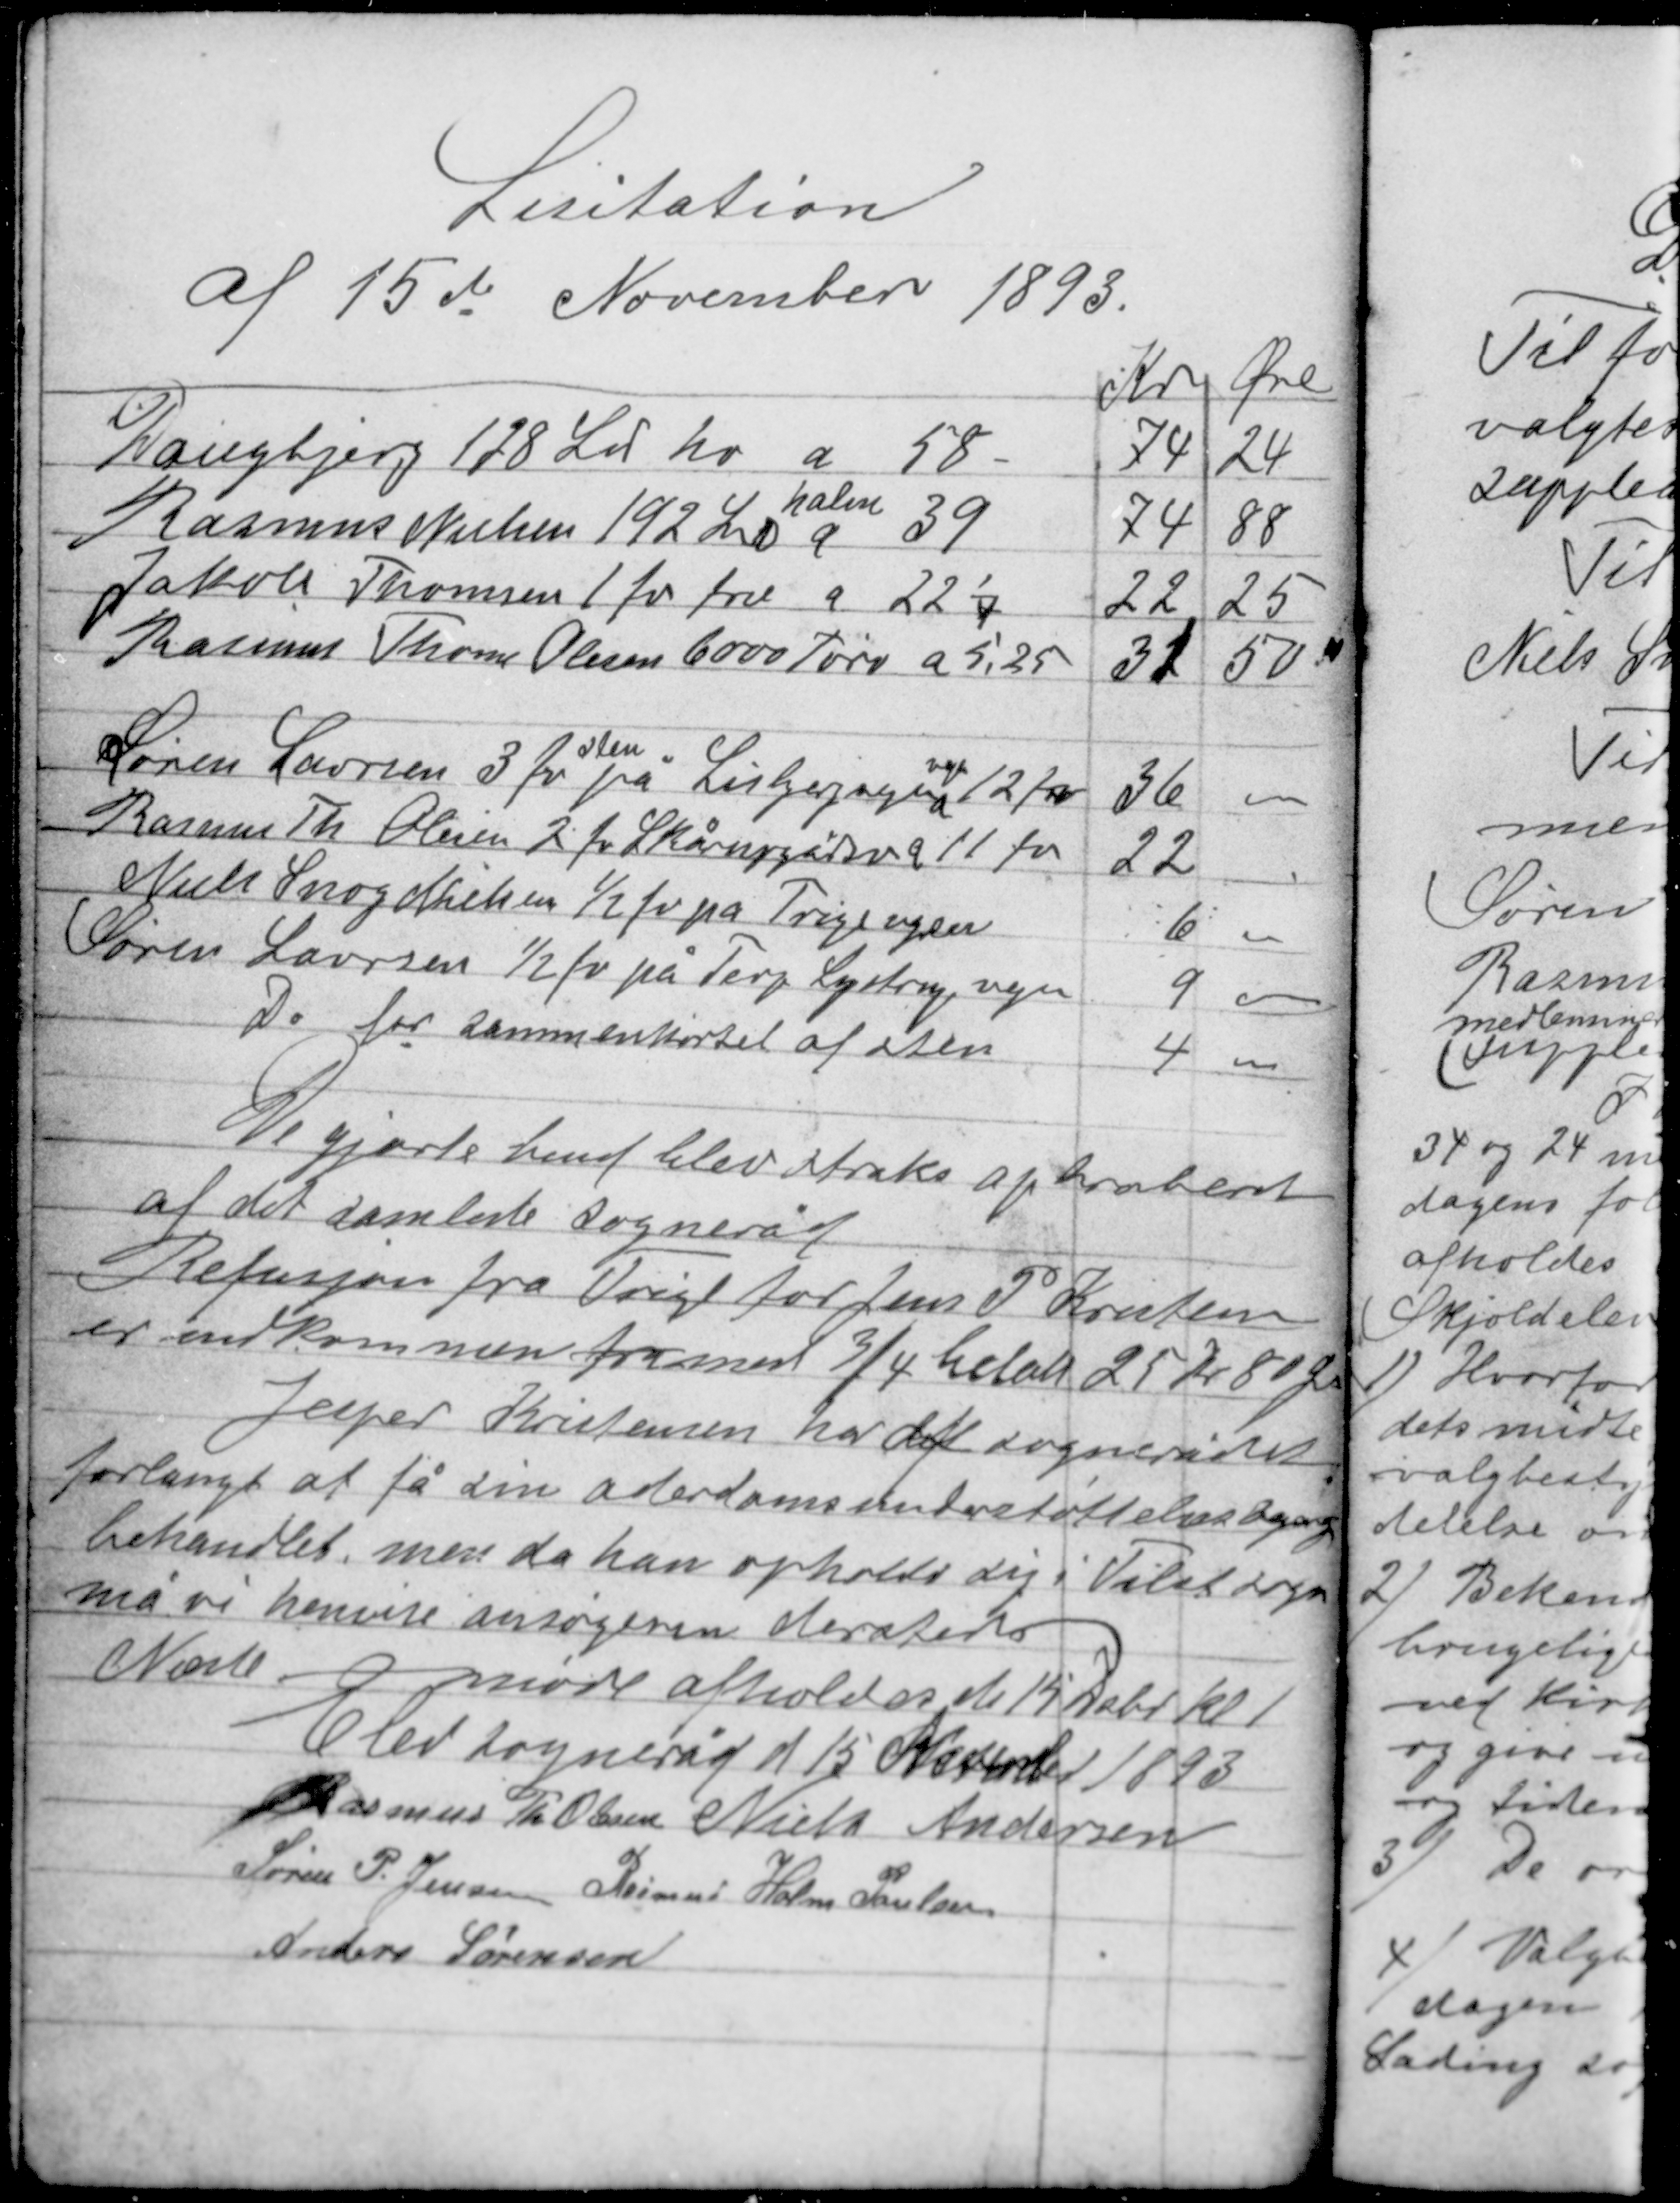
Transskription:
Lisitation
af 15de November 1893

De gjorte bud blev straks aphrobert
af det samlede sogneråd.
Refusjon fra Trige for Jens P Kristensen
er indkommen fra med 3/4 helår 25 Kr 80 Øre
Jesper Kristensen har det sognerådet
forlangt at få sin alderdomsunderstøttelsessag
behandlet, men da han opholder sig i Tilst sogn
må vi henvise ansøgeren dersteds.
Næste møde afholdes d 15 Debr kl 1
Elev sogneråd d 15 November 1893
Rasmus Th. Olesen Niels Andersen
Søren P. Jensen Rasmus Holm Poulsen
Anders Sørensen